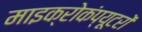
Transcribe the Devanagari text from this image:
माइक्रोकंप्यूटरों